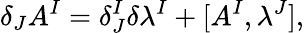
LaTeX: \delta_{J}A^{I}=\delta_{J}^{I}\delta\lambda^{I}+[A^{I},\lambda^{J}],